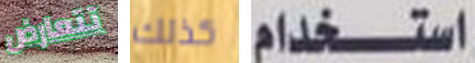
تتعارض كذلك استخدام